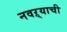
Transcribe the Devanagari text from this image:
नवऱ्याची